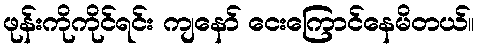
ဖုန်းကိုကိုင်ရင်း ကျနော် ငေးကြောင်နေမိတယ်။